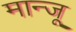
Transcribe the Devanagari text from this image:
मान्जू